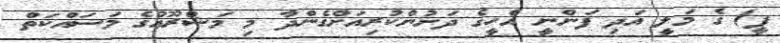
ޕީ) ގެ މަލީ އަދި ފަންނީ އެހީގެ ދަށުންކުރިއަށްގެންދާ މި މަޝްރޫޢުގެ މަސައްކަތް